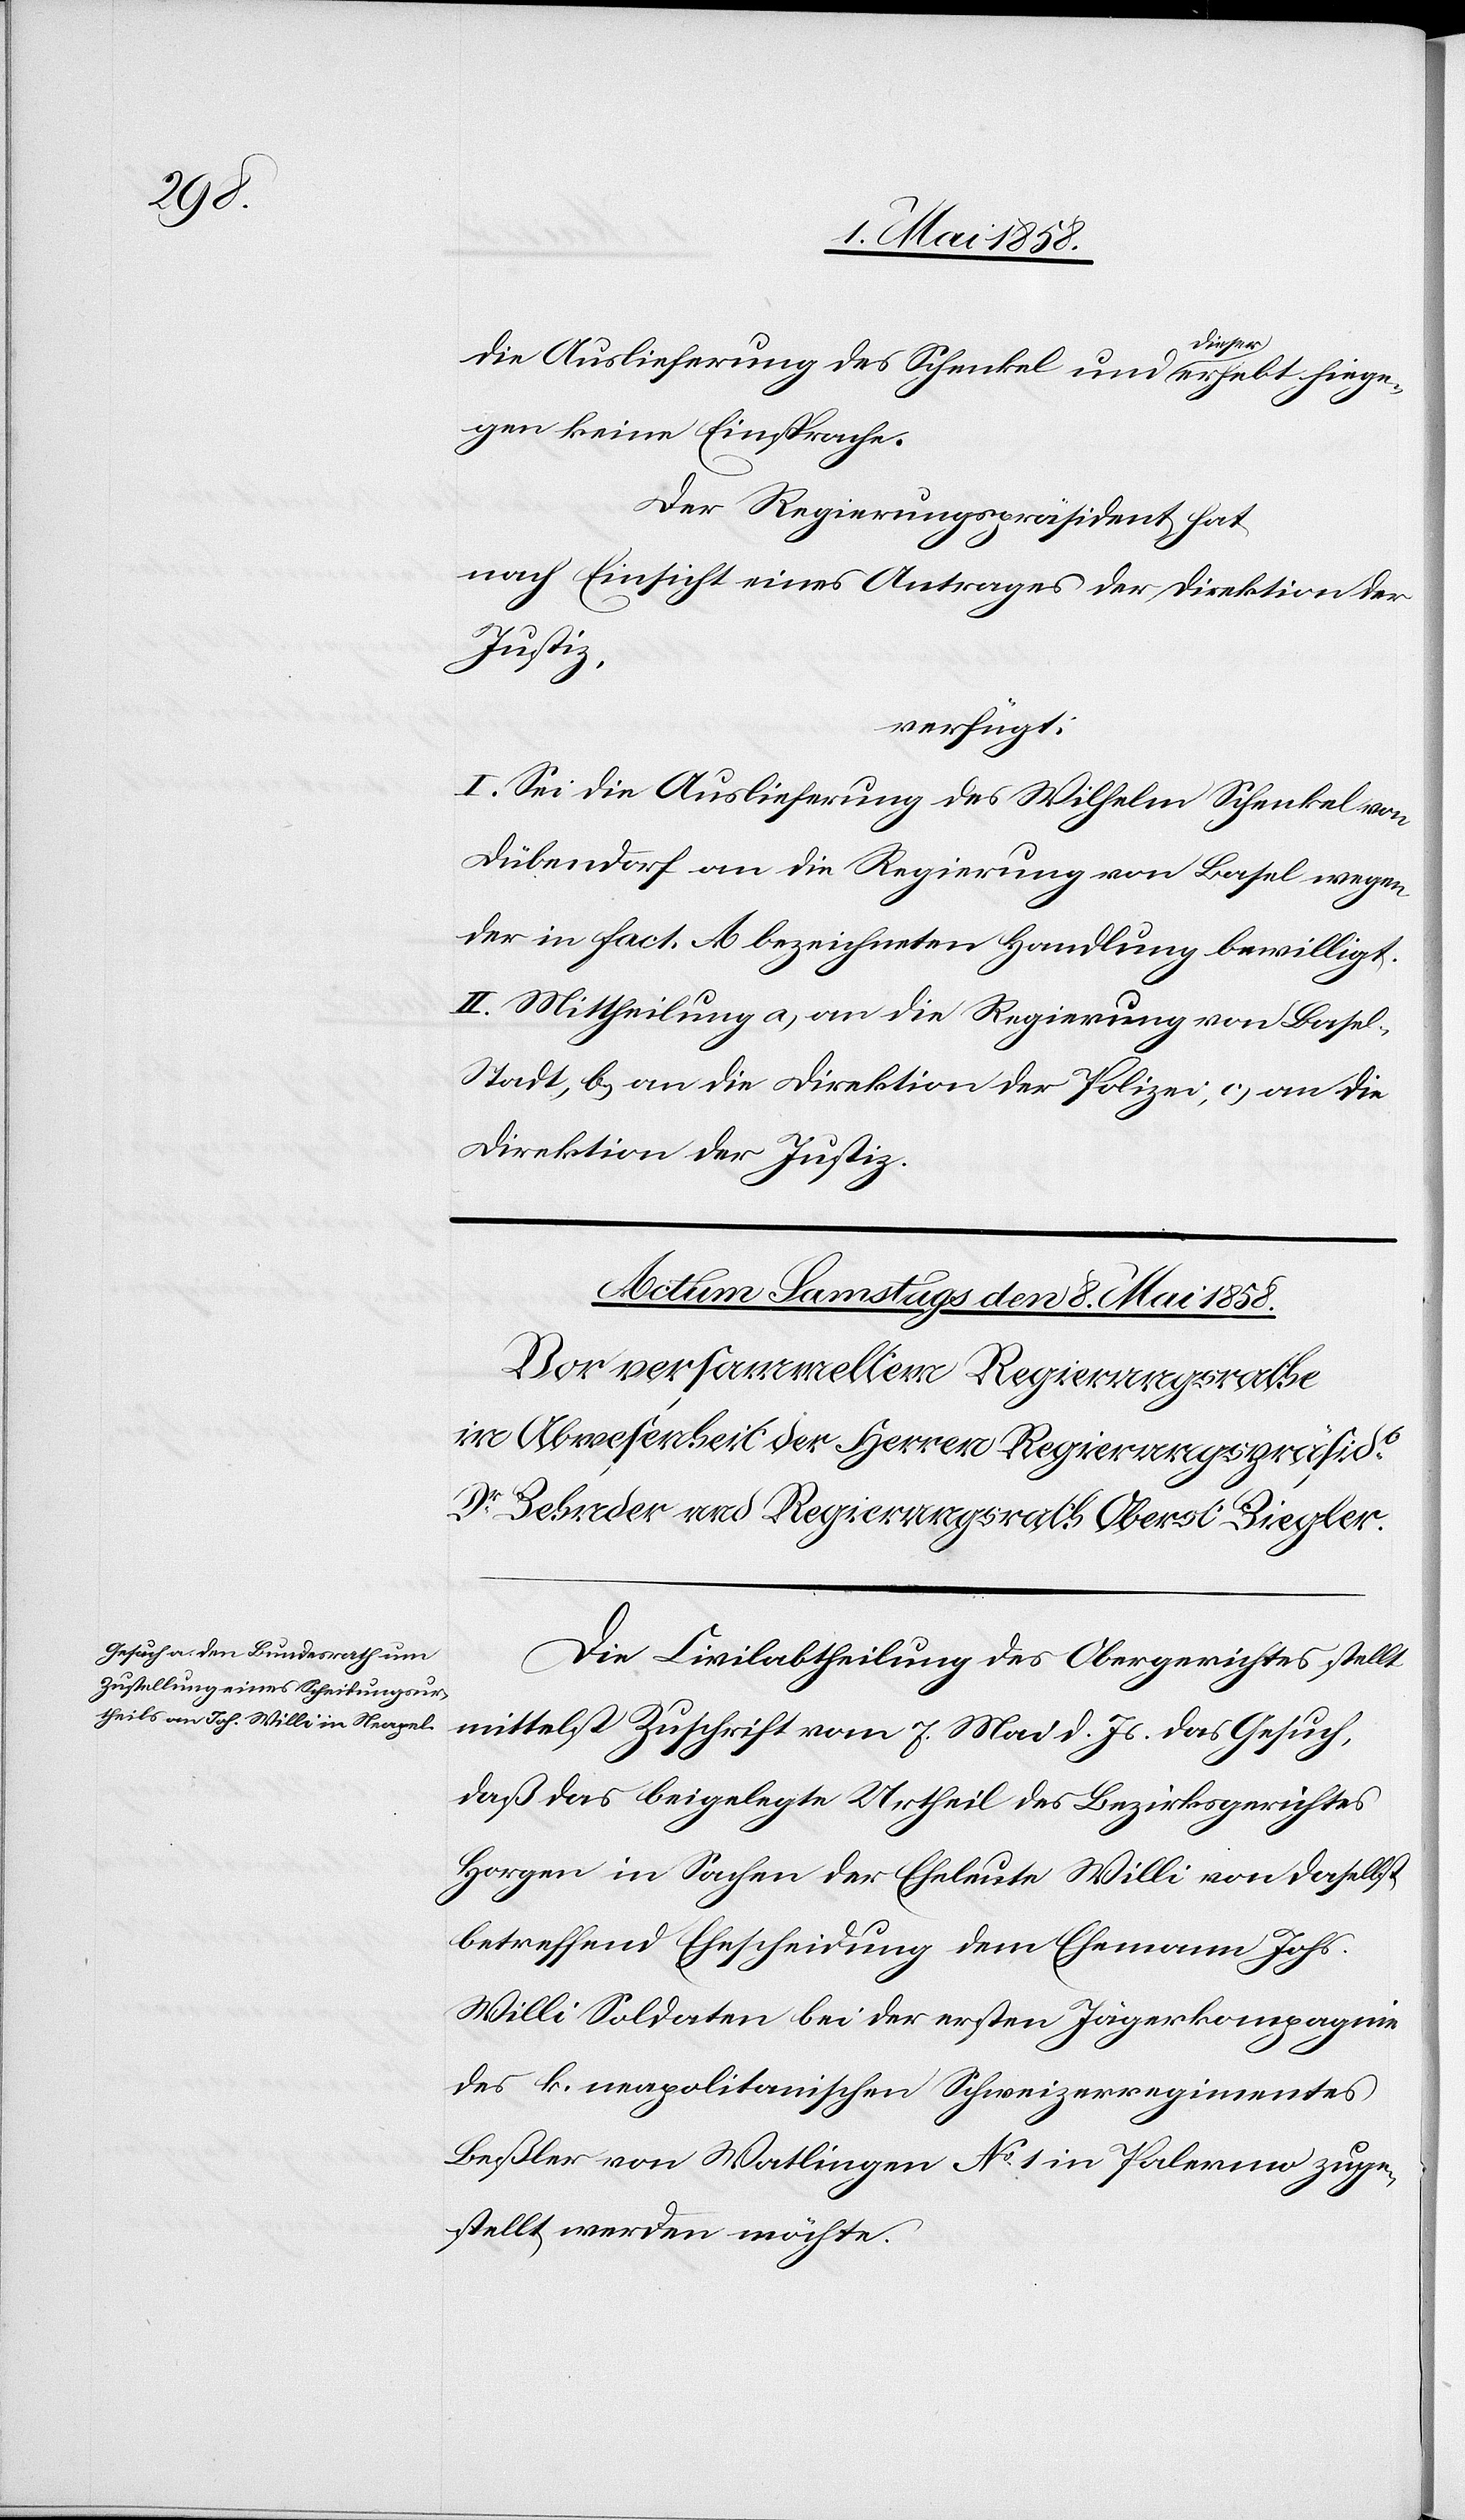
die Auslieferung des Schenkel und dieser erhebt hiege¬
gen keine Einsprache.
Der Regierungspräsident hat
nach Einsicht eines Antrages der Direktion der
Justiz,
verfügt:
I. Sei die Auslieferung des Wilhelm Schenkel von
Dübendorf an die Regierung von Basel wegen
der in fact. A bezeichneten Handlung bewilligt.
II. Mittheilung a) an die Regierung von Base¬
l-Stadt, b) an die Direktion der Polizei, c) an die
Direktion der Justiz.
Die Civilabtheilung des Obergerichtes stellt
mittelst Zuschrift vom 7. Mai d. Js. das Gesuch,
daß das beigelegte Urtheil des Bezirksgerichtes
Horgen in Sachen der Eheleute Willi von daselbst
betreffend Ehescheidung dem Ehemann Johs.
Willi Soldaten bei der ersten Jägerkompagnie
des k. neapolitanischen Schweizerregimentes
Beßler von Watlingen No 1 in Palermo zuge¬
stellt werden möchte.